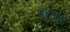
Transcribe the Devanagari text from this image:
मुरसाहा